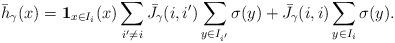
LaTeX: \begin{align*}\bar h_\gamma(x)=\mathbf 1_{x\in I_i}(x)\sum_{i'\neq i}\bar J_{\gamma}(i,i') \sum_{y\in I_{i'}}\sigma(y)+\bar J_{\gamma}(i,i)\sum_{y\in I_{i}}\sigma(y).\end{align*}